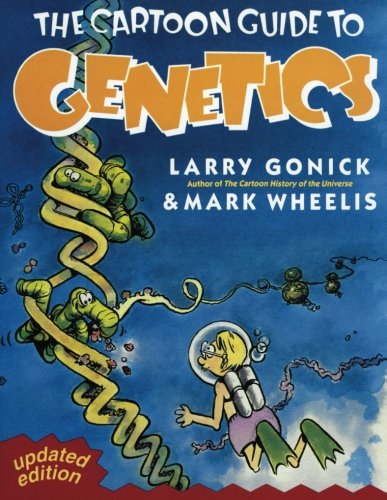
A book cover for The Cartoon Guide to Genetics (Updated Edition); Larry Gonick; Medical Books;